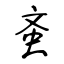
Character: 蚉